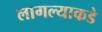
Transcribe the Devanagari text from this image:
लागल्याकडे